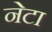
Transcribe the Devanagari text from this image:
नेटा